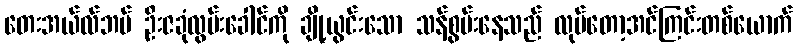
တေးအယ်လ်ဘမ် ဦးဇခုံလွမ်းခေါင်ကို ချို့ယွင်းသော သန်စွမ်းနေသည် လုပ်တော့အင်ကြင်းတစ်ယောက်